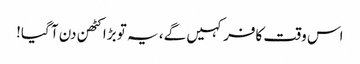
اس وقت کافر کہیں گے، یہ تو بڑا کٹھن دن آ گیا!